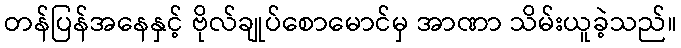
တန်ပြန်အနေနှင့် ဗိုလ်ချုပ်စောမောင်မှ အာဏာ သိမ်းယူခဲ့သည်။